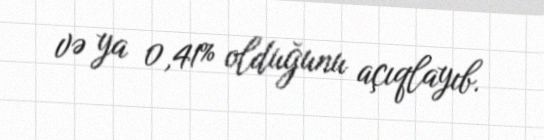
və ya 0,41% olduğunu açıqlayıb.